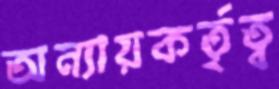
অন্যায়কর্তৃত্ব